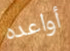
أواعده